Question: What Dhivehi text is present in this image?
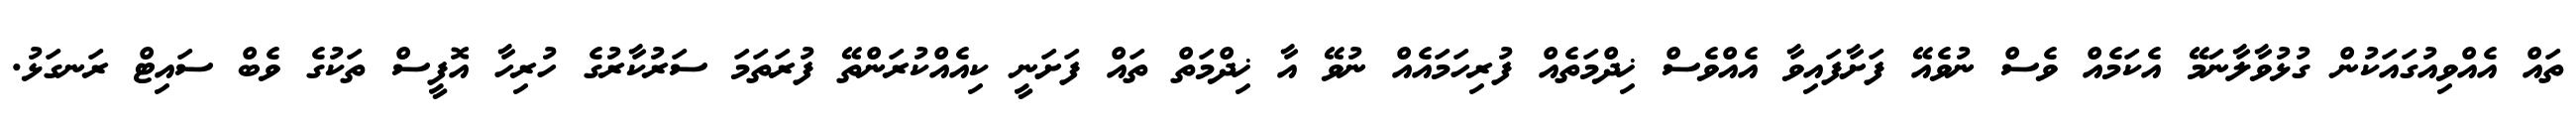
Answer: ތައް އެއްވިއުގައަކުން ގުޅުވާލާނަމޭ އެކަމެއް ވެސް ނުވެއޭ ފަށާފައިވާ އެއްވެސް ޚިދްމަތެއް ފުރިހަމައެއް ނުވޭ އާ ޚިދްމަތް ތައް ފަށަނީ ކިއެއްކުރަންތޭ ފުރަތަމަ ސަރުކާރުގެ ހުރިހާ އޮފީސް ތަކުގެ ވެބް ސައިޓް ރަނގަޅު.